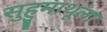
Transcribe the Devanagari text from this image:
सुहुमाथूला